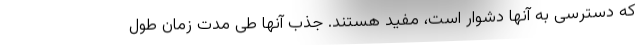
که دسترسی به آنها دشوار است، مفید هستند. جذب آنها طی مدت زمان طول